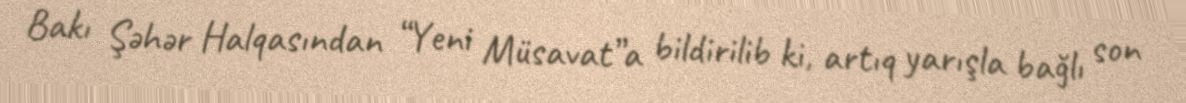
Bakı Şəhər Halqasından “Yeni Müsavat”a bildirilib ki, artıq yarışla bağlı son